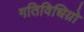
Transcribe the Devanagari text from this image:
गतिविधिय़ो